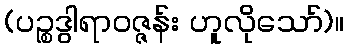
(ပဉ္စဒွါရာဝဇ္ဇန်း ဟူလိုသော်)။